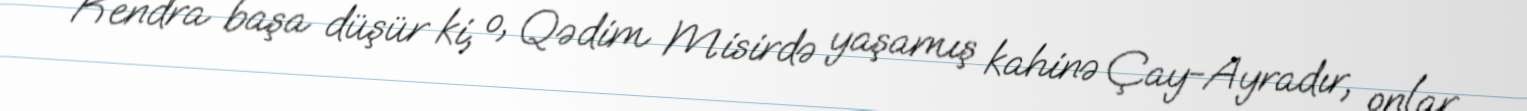
Kendra başa düşür ki, o, Qədim Misirdə yaşamış kahinə Çay-Ayradır, onlar